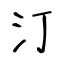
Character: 汀